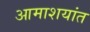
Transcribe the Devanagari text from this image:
आमाशयांत